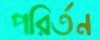
পরির্তন